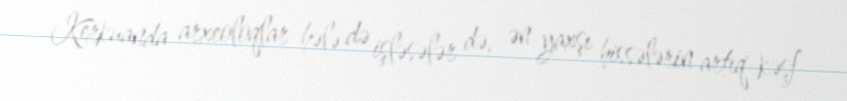
Kerkuanda arxeoloqlar hələ də işləsələr də, ən yaxşı hissələrin artıq kəşf